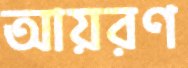
আয়রণ